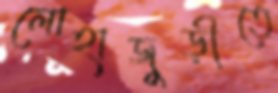
লোহাজুড়ীতে